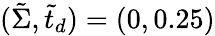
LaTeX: (\tilde{\Sigma},\tilde{t}_{d})=(0,0.25)